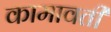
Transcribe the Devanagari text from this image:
कामावती